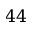
4 4